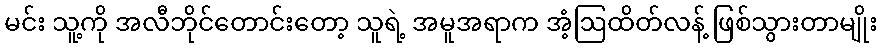
မင်း သူ့ကို အလီဘိုင်တောင်းတော့ သူရဲ့ အမူအရာက အံ့ဩထိတ်လန့် ဖြစ်သွားတာမျိုး